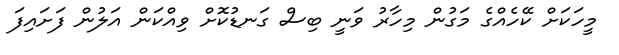
މީހަކަށް ކޭހެއްގެ މަގުން މިހާރު ވަނީ ބިސް ގަނޑުކޮށް ވިއްކަން އަލުން ފަށައިފަ